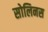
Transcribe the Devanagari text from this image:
सोलिनस